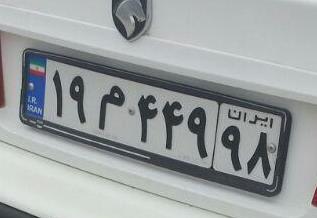
۱۹م۴۴۹۹۸